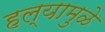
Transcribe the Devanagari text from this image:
हल्यामुळे